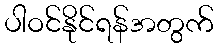
ပါဝင်နိုင်ရန်အတွက်